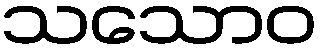
သသောဝ